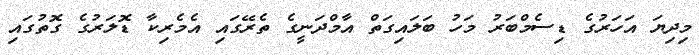
މިދިޔަ އަހަރުގެ ޑިސެމްބަރު މަހު ބަލައިގަތް އާމްދަނީގެ ތެރޭގައި އެމެރިކާ ޑޮލަރުގެ ގޮތުގައި